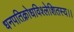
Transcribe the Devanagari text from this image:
धनपतिक्रोधविश्लेशितस्य।।